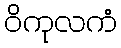
ဝိကုလကံ